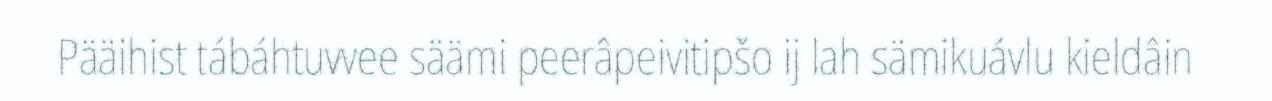
Pääihist tábáhtuvvee säämi peerâpeivitipšo ij lah sämikuávlu kieldâin